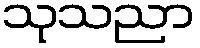
သုသညာ